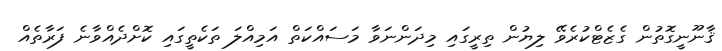
ޤާނޫނީގޮތުން ގެޒެޓްކުރެވޭ ލިޔުން ތިރީގައި މިދަންނަވާ މަސައްކަތް އަމިއްލަ ތަކެތީގައި ކޮށްދެއްވާނެ ފަރާތެއް